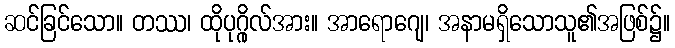
ဆင်ခြင်သော။ တဿ၊ ထိုပုဂ္ဂိုလ်အား။ အာရောဂျေ၊ အနာမရှိသောသူ၏အဖြစ်၌။